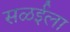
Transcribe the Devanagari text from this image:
सळईला